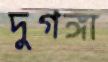
দুগঙ্গা